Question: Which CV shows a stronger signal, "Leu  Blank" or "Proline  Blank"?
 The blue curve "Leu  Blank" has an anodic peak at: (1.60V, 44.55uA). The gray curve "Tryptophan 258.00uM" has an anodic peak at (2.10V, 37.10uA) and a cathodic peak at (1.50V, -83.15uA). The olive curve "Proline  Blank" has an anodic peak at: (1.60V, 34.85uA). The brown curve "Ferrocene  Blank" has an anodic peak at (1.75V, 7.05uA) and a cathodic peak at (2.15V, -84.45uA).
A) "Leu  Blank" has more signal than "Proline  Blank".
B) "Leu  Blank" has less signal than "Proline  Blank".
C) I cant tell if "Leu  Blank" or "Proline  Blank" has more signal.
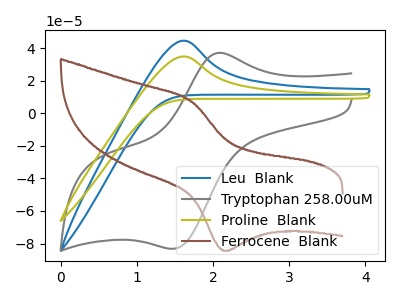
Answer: <think>All the peaks in "Leu  Blank" have a peak in "Proline  Blank" at the same potential. Every peak in "Leu  Blank" is higher than every peak in "Proline  Blank".
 </think>
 <answer>A) "Leu  Blank" has more signal than "Proline  Blank".</answer>
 <eval>A</eval>